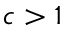
c > 1